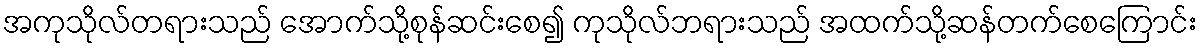
အကုသိုလ်တရားသည် အောက်သို့စုန်ဆင်းစေ၍ ကုသိုလ်ဘရားသည် အထက်သို့ဆန်တက်စေကြောင်း